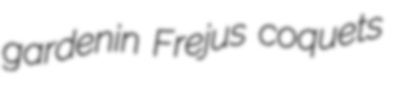
gardenin Frejus coquets